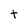
Character: t